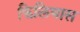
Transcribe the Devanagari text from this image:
फिलियास